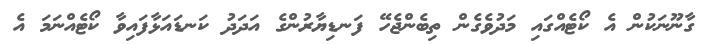
ގާނޫނަކުން އެ ކޯޓެއްގައި މަދުވެގެން ތިބެންޖެހޭ ފަނޑިޔާރުންގެ އަދަދު ކަނޑައަޅާފައިވާ ކޯޓެއްނަމަ އެ